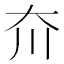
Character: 夼